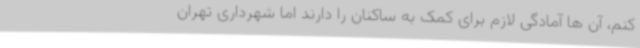
کنم، آن ها آمادگی لازم برای کمک به ساکنان را دارند اما شهرداری تهران